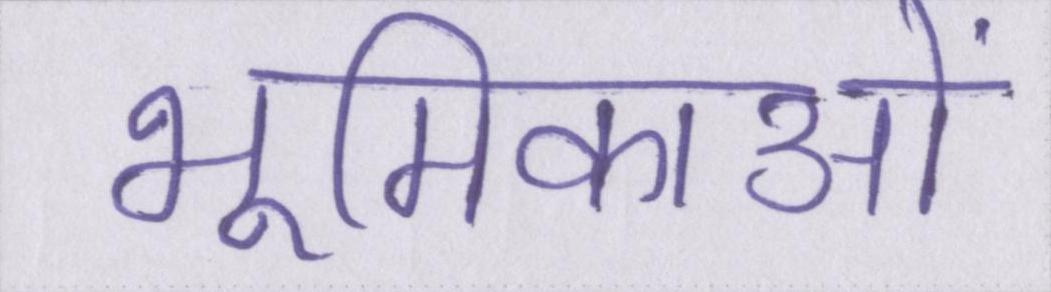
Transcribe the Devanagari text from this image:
भूमिकाओं